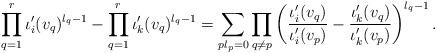
LaTeX: \begin{align*} \prod_{q=1}^r \iota'_i(v_q)^{l_q-1}-\prod_{q=1}^r \iota'_k(v_q)^{l_q-1}=\sum_{p l_p=0}\prod_{q \neq p}\left(\frac{\iota'_i(v_q)}{\iota'_i(v_p)}-\frac{\iota'_k(v_q)}{\iota'_k(v_p)}\right)^{l_q-1}.\end{align*}